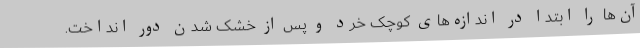
آن‌ها را ابتدا در اندازه‌های کوچک خرد و پس از خشک شدن دور انداخت.